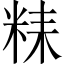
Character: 𥹯